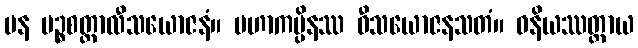
ပန ပဉ္စစတ္တာလီသယောဇနံ။ မဟာကပ္ပိနဿ ဝီသယောဇနသတံ။ ဓနိယဿတ္ထာယ